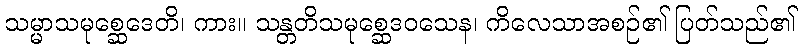
သမ္မာသမုစ္ဆေဒေတိ၊ ကား။ သန္တတိသမုစ္ဆေဒဝသေန၊ ကိလေသာအစဉ်၏ ပြတ်သည်၏